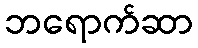
ဘရောက်ဆာ